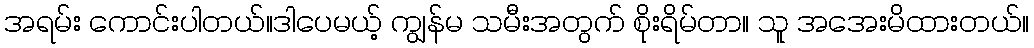
အရမ်း ကောင်းပါတယ်။ဒါပေမယ့် ကျွန်မ သမီးအတွက် စိုးရိမ်တာ။ သူ အအေးမိထားတယ်။